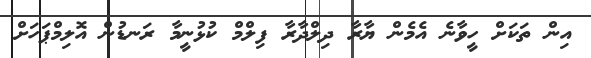
އިން ތަކަށް ހީވާނެ އެމެން ޔާރާ ދިލްދާރާ ފިލްމް ކުޅުނީމާ ރަނޑުން އޮލިމްޕަހަށް